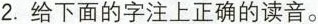
2.给下面的字注上正确的读音。